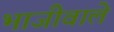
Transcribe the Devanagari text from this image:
भाजीवाले